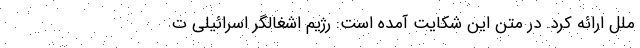
ملل ارائه کرد. در متن این شکایت آمده است: رژیم اشغالگر اسرائیلی ت